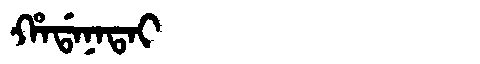
Manchu: ᡥᠠᡩᠠᠨᠠᡨᠠᡳ
Romanization: HADANATAI